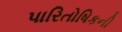
પારિતોષિકની